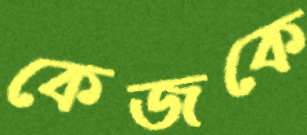
কেজকে